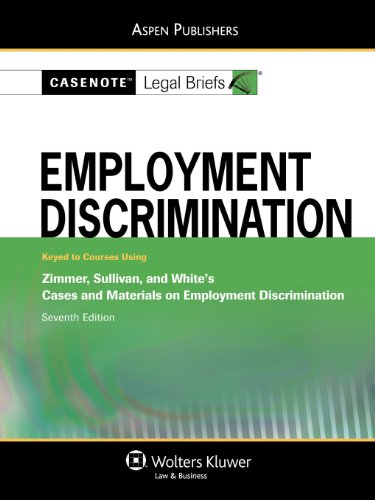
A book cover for Casenote Legal Briefs: Employment Discrimination, Keyed to Zimmer, Sullivan, & White, Seventh Edition (Casenotes Legal Briefs); Casenote Legal Briefs; Law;